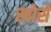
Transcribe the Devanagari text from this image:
खोसे